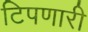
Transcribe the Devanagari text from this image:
टिपणारी